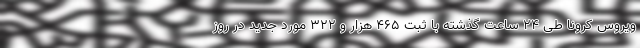
ویروس کرونا طی ۲۴ ساعت گذشته با ثبت ۴۶۵ هزار و ۳۲۲ مورد جدید در روزِ